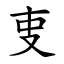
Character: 叓